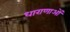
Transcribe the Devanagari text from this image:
धाराणाआें